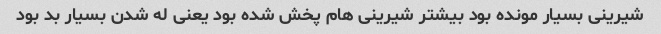
شیرینی بسیار مونده بود بیشتر شیرینی هام پخش شده بود یعنی له شدن بسیار بد بود